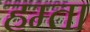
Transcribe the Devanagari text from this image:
हम्ता